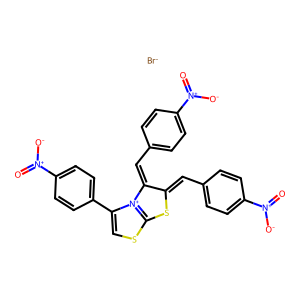
SMILES: O=[N+]([O-])c1ccc(C=c2sc3scc(-c4ccc([N+](=O)[O-])cc4)[n+]3c2=Cc2ccc([N+](=O)[O-])cc2)cc1.[Br-]
Inhibits HIV replication: No